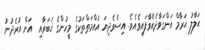
ޙަލާލު ޙަރާމް އަންގަވާދެއްވާފައިވެއެވެ. އިސްވެދިޔަ އުއްމަތްތަކުގެ މީހުންގެ ޚަބަރާއި  އަށް އުރެދުނު